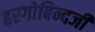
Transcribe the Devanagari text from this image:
हरगोबिन्दजी